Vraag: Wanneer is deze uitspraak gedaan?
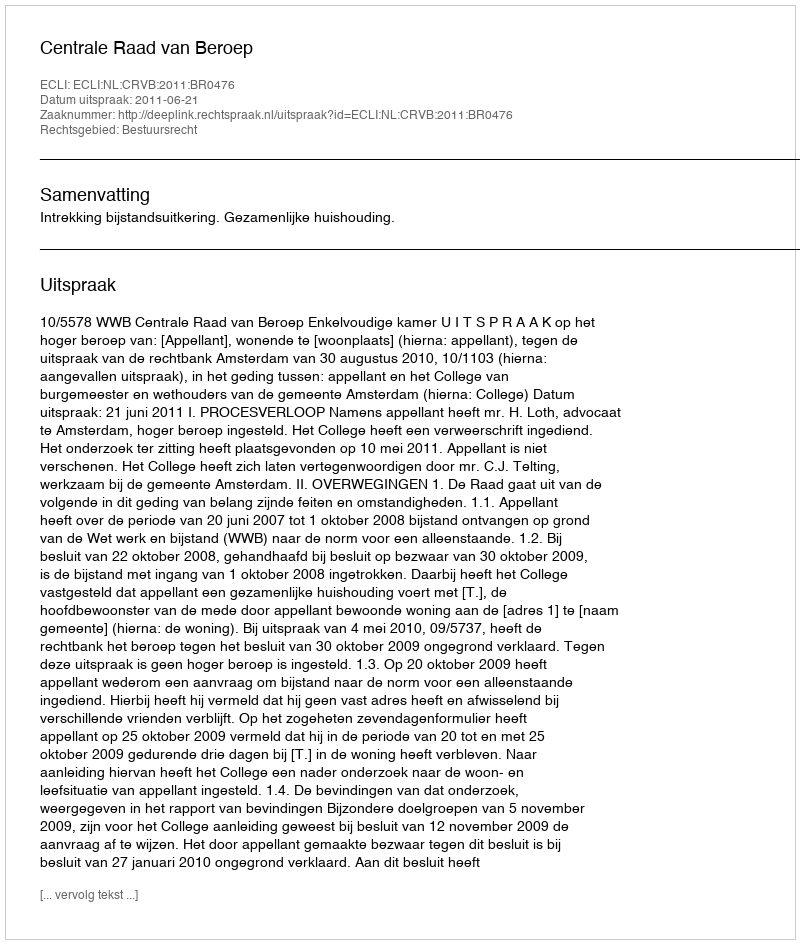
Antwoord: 2011-06-21